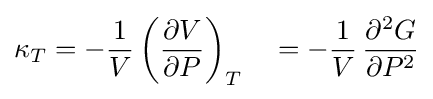
\kappa _{T}=-{\frac {1}{V}}\left({\frac {\partial V}{\partial P}}\right)_{T}\quad =-{\frac {1}{V}}\,{\frac {\partial ^{2}G}{\partial P^{2}}}